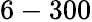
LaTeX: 6-300